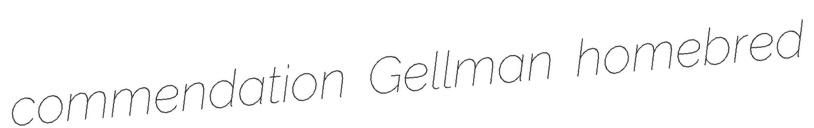
commendation Gellman homebred